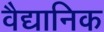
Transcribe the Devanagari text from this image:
वैद्यानिक